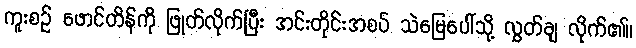
ကူးစဉ် ဖောင်တိန်ကို ဖြုတ်လိုက်ပြီး အင်းတိုင်းအစပ် သဲမြေပေါ်သို့ လွှတ်ချ လိုက်၏။